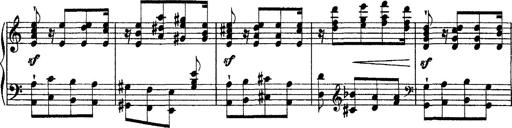
Title: Grandes Ã©tudes de Paganini
Composer: Franz Liszt